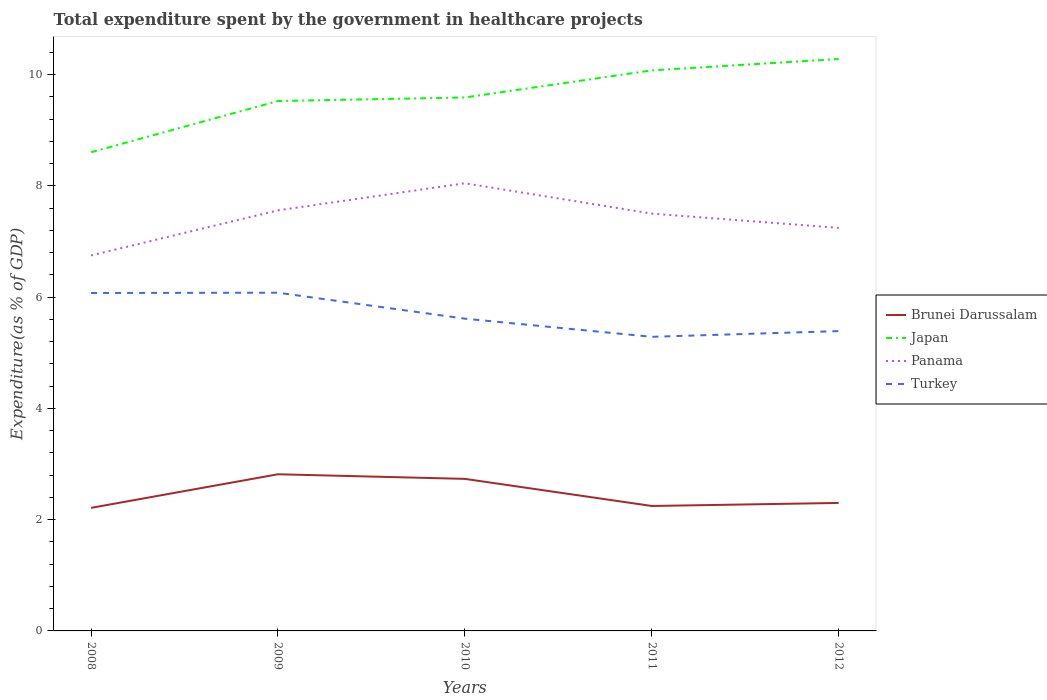
| Years | Brunei Darussalam | Japan | Panama | Turkey |
 | --- | --- | --- | --- | --- |
 | 2008 | 2.21 | 8.61 | 6.75 | 6.07 |
 | 2009 | 2.82 | 9.53 | 7.56 | 6.08 |
 | 2010 | 2.73 | 9.59 | 8.05 | 5.61 |
 | 2011 | 2.25 | 10.1 | 7.5 | 5.29 |
 | 2012 | 2.3 | 10.3 | 7.25 | 5.39 |